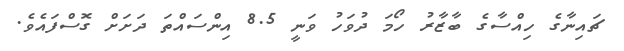
ޗައިނާގެ ހިއްސާގެ ބާޒާރު ހޯމަ ދުވަހު ވަނީ 8.5 އިންސައްތަ ދަށަށް ގޮސްފައެވެ.